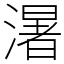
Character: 濐